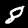
Label: 8